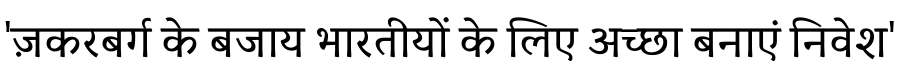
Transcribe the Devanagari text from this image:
'ज़करबर्ग के बजाय भारतीयों के लिए अच्छा बनाएं निवेश'